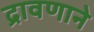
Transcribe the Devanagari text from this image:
द्रावणाने